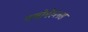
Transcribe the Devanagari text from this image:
गलोमेरुलस